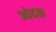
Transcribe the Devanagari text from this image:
ओदक